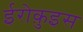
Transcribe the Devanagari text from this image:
ईरोक़ुइस